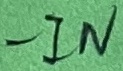
Text: -IN